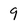
Character: 9